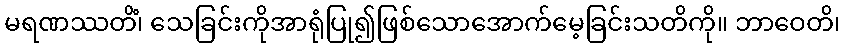
မရဏဿတိံ၊ သေခြင်းကိုအာရုံပြု၍ဖြစ်သောအောက်မေ့ခြင်းသတိကို။ ဘာဝေတိ၊